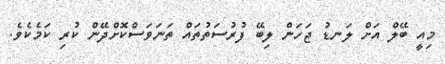
މިއީ ބޭލް އަށް ލަނޑު ޖަހަން ލިބޭ ފުރުސަތުތައް ތަނަވަސްކޮށްދޭން ކުރި ކަމެކެވެ.